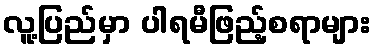
လူ့ပြည်မှာ ပါရမီဖြည့်စရာများ